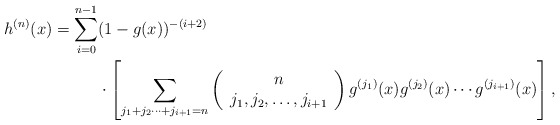
\begin{align*}h^{(n)}(x) = \sum_{i=0}^{n-1} & (1-g(x))^{-(i+2)}\\&\cdot \left[\sum_{j_1+j_2 \cdots +j_{i+1}=n}\left(\begin{array}{c}n\\j_1,j_2,\ldots ,j_{i+1}\end{array}\right)g^{(j_1)}(x)g^{(j_2)}(x) \cdots g^{(j_{i+1})}(x)\right],\end{align*}